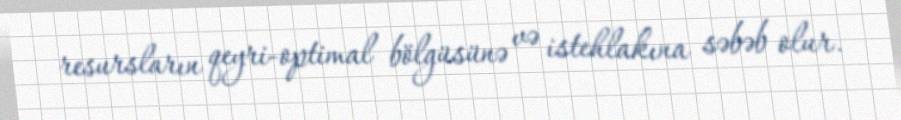
resursların qeyri-optimal bölgüsünə və istehlakına səbəb olur.